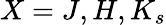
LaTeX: X=J,H,K_{s}